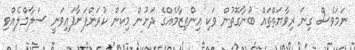
ނަމަވެސް ގިނަ ރިވާޔަތްތައް ބުނާގޮތުން ވަކި އިންތިޒާމެއްގެ ދަށުން މިކަން ކުރަންފަށާފައިވަނީ ސަލާމްލެއްވި